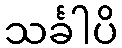
သင်္ခါပိ